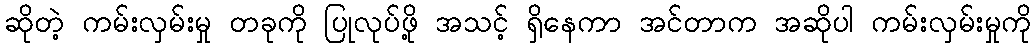
ဆိုတဲ့ ကမ်းလှမ်းမှု တခုကို ပြုလုပ်ဖို့ အသင့် ရှိနေကာ အင်တာက အဆိုပါ ကမ်းလှမ်းမှုကို